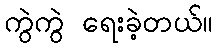
ကွဲကွဲ ရေးခဲ့တယ်။